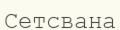
Сетсвана